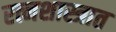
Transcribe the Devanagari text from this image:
रत्नशास्त्रात